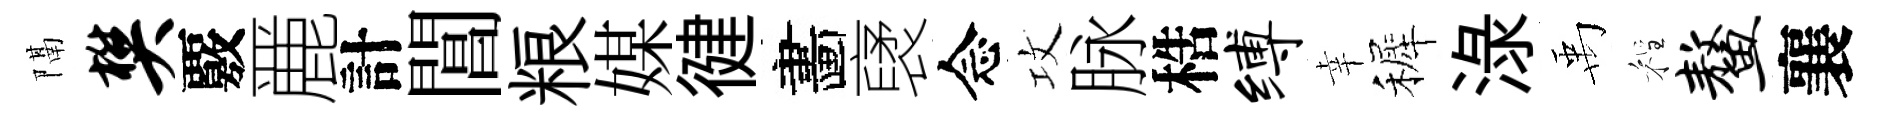
隔樊覈䴡計閶粮媒徤畵裦念攻脉梏缚幸裤渌禹程鳌襄